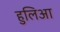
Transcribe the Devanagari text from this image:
हुलिआ